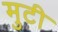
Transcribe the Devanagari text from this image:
मुटी